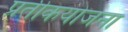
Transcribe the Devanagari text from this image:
प्रतीकयोजना